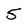
Character: 5